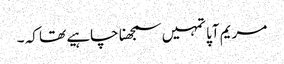
مریم آپا تمہیں سمجھنا چاہیے تھا کہ ۔